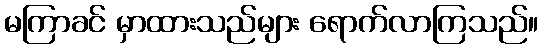
မကြာခင် မှာထားသည်များ ရောက်လာကြသည်။